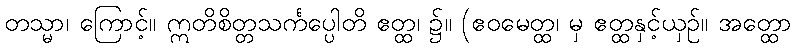
တသ္မာ၊ ကြောင့်။ ဣတိစိတ္တသင်္ကပ္ပေါတိ ဧတ္ထ၊ ၌။ (ဧဝမေတ္ထ၊ မှ ဧတ္ထနှင့်ယှဉ်။ အတ္ထော